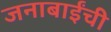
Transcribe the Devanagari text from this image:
जनाबाईंची